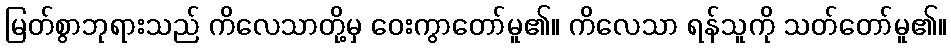
မြတ်စွာဘုရားသည် ကိလေသာတို့မှ ဝေးကွာတော်မူ၏။ ကိလေသာ ရန်သူကို သတ်တော်မူ၏။